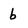
Character: b